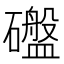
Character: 䃲